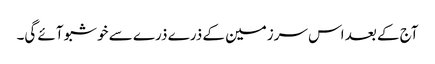
آج کے بعد اس سرزمین کے ذرے ذرے سے خوشبو آئے گی۔